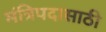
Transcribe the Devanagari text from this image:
मंत्रिपदासाठी